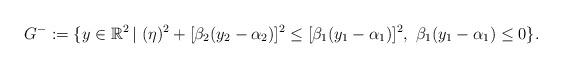
LaTeX: \begin{align*}G^-&:=\{y\in\mathbb{R}^2\, | \ (\eta)^2+[\beta_2(y_2-\alpha_2)]^2\leq [\beta_1(y_1-\alpha_1)]^2, \ \beta_1(y_1-\alpha_1)\leq 0\}.\end{align*}